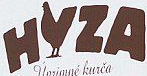
HVZA